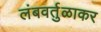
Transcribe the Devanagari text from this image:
लंबवर्तुळाकर